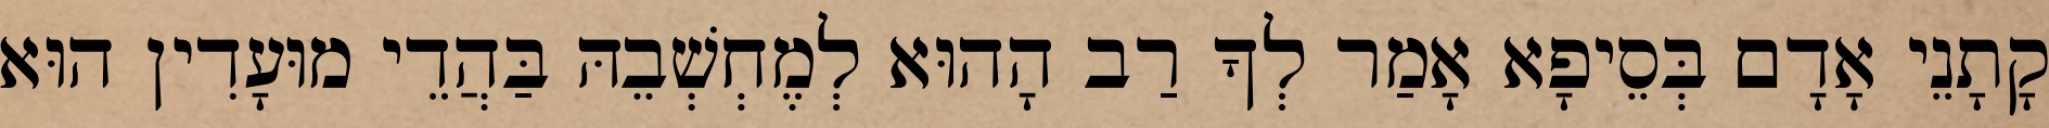
קָתָנֵי אָדָם בְּסֵיפָא אָמַר לְךָ רַב הָהוּא לְמֶחְשְׁבֵהּ בַּהֲדֵי מוּעָדִין הוּא